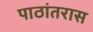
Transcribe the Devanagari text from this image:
पाठांतरास